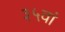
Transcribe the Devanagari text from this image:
३५वां